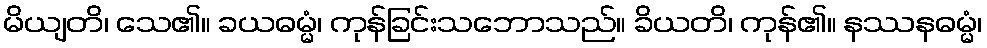
မိယျတိ၊ သေ၏။ ခယဓမ္မံ၊ ကုန်ခြင်းသဘောသည်။ ခိယတိ၊ ကုန်၏။ နဿနဓမ္မံ၊